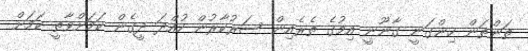
ތަންތަން ހިންގަނީ ގާނޫނީ އިމުގެ ތެރެއިން ސަރުކާރުން ހުއްދަ ދީގެން ކަމަށްވާތީ ކަމަށް